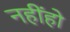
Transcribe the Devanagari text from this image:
नहींहो